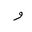
Letter: _waw